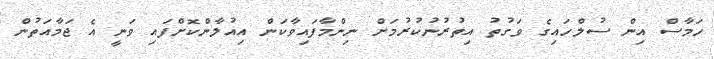
ހަމާސް އިން ސުލްހައިގެ ވަގުތު އިތުރުނުކުރުމަށް ނިންމާފައިވާކަން އިއުލާންކޮށްފައި ވަނީ އެ ޖަމާއަތުން